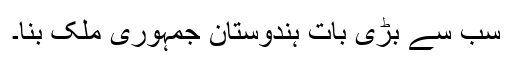
سب سے بڑی بات ہندوستان جمہوری ملک بنا۔